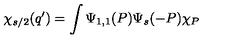
\chi _ { s / 2 } ( q ^ { \prime } ) = \int \Psi _ { 1 , 1 } ( P ) \Psi _ { s } ( - P ) \chi _ { P }